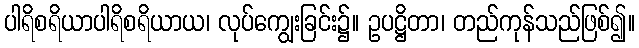
ပါရိစရိယာပါရိစရိယာယ၊ လုပ်ကျွေးခြင်း၌။ ဥပဋ္ဌိတာ၊ တည်ကုန်သည်ဖြစ်၍။